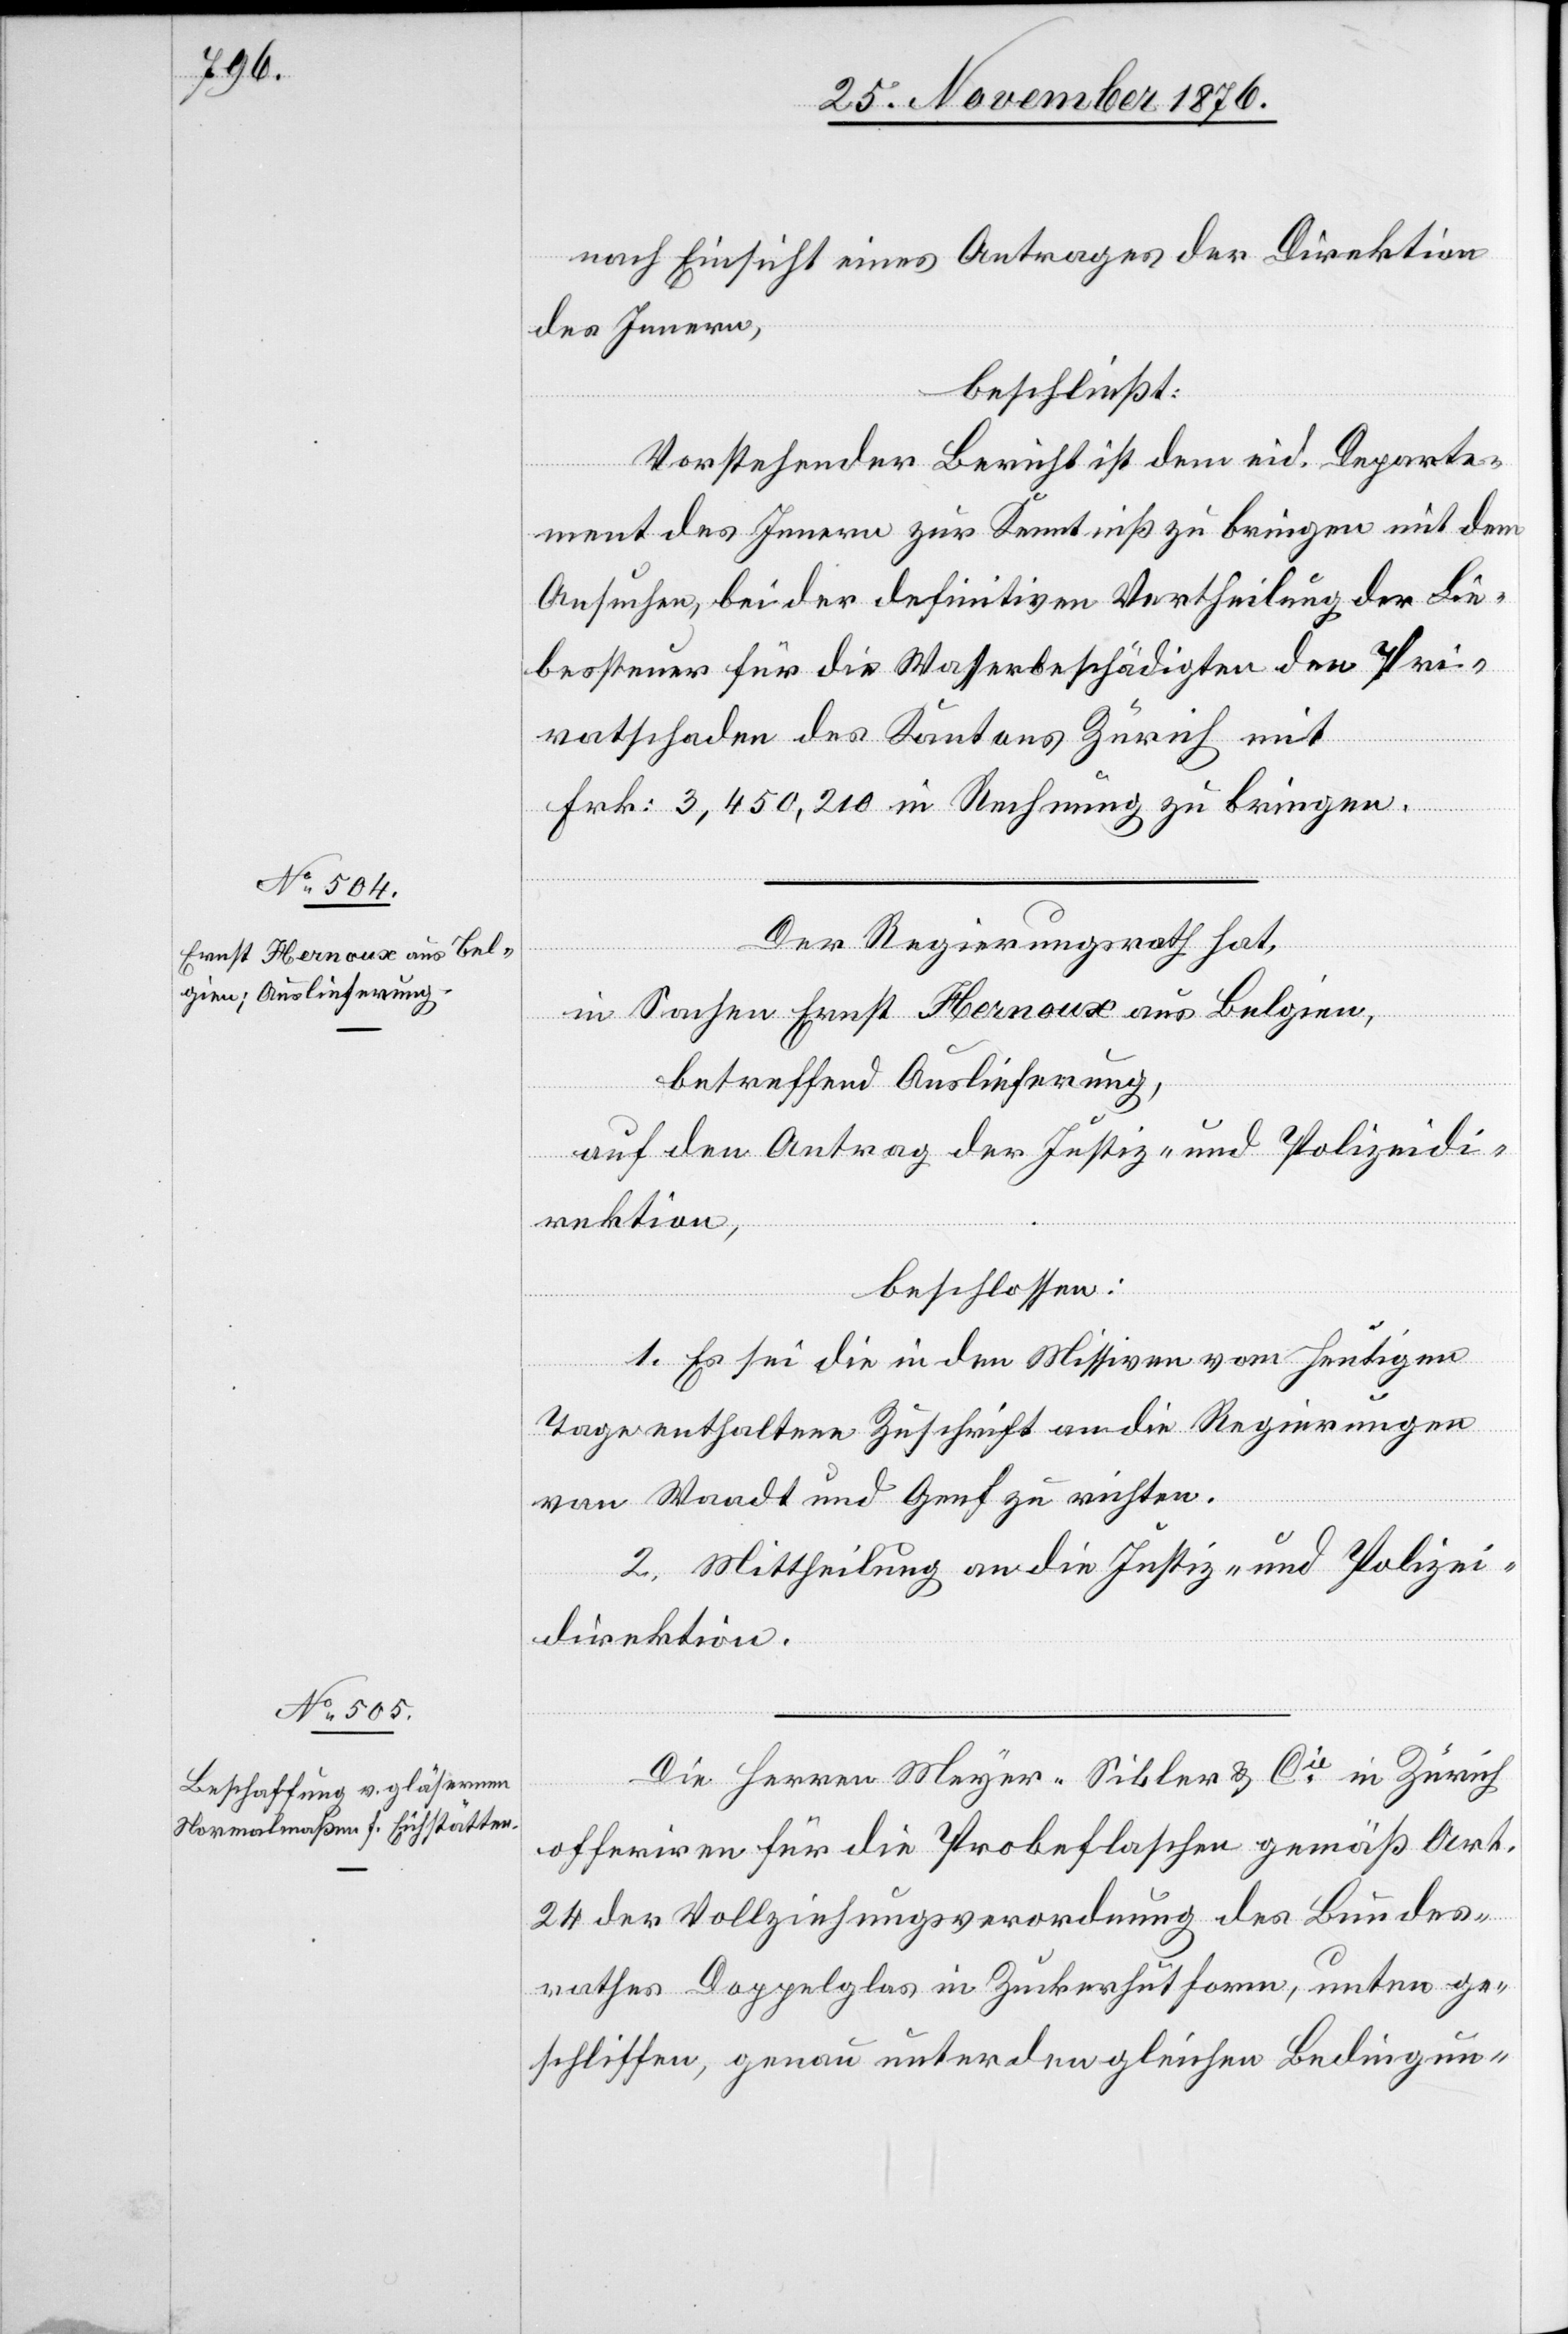
nach Einsicht eines Antrages der Direktion
des Innern,
beschließt:
Vorstehender Bericht ist dem eid. Departe¬
ment des Innern zur Kenntniß zu bringen mit dem
Ansuchen, bei der definitiven Vertheilung der Lie¬
bessteuer für die Wasserbeschädigten den Pri¬
vatschaden des Kantons Zürich mit
Frk. 3,450,210 in Rechnung zu bringen.
Der Regierungsrath hat,
in Sachen Ernst Hernoux aus Belgien,
betreffend Auslieferung,
auf dem Antrag der Justiz- und Polizeidi¬
rektion,
beschlossen:
1. Es sei die in den Missiven vom heutigen
Tage enthaltene Zuschrift an die Regierungen
von Waadt und Genf zu richten.
2. Mittheilung an die Justiz- und Polizei¬
direktion.
Die Herren Meyer-Sibler & Cie in Zürich
offeriren für die Probeflaschen gemäß Art.
24 der Vollziehungsverordnung des Bundes¬
rathes Doppelglas in Zuckerhutform, unten ge¬
schliffen, genau unter den gleichen Bedingun-